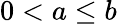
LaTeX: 0<a\le b